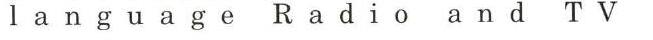
language  Radio  and  TV